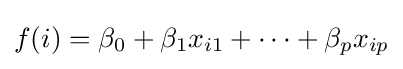
f(i)=\beta _{0}+\beta _{1}x_{i1}+\cdots +\beta _{p}x_{ip}